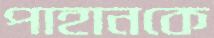
পাহানকে